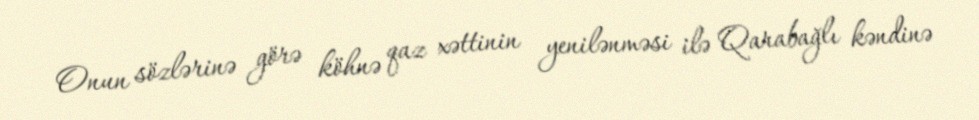
Onun sözlərinə görə köhnə qaz xəttinin yenilənməsi ilə Qarabağlı kəndinə